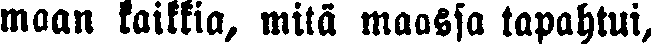
maan kaikkia, mitä maassa tapahtui,